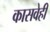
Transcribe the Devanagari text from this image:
कासवेही